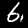
Label: 6